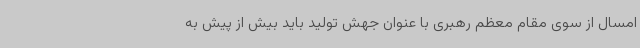
امسال از سوی مقام معظم رهبری با عنوان جهش تولید باید بیش از پیش به